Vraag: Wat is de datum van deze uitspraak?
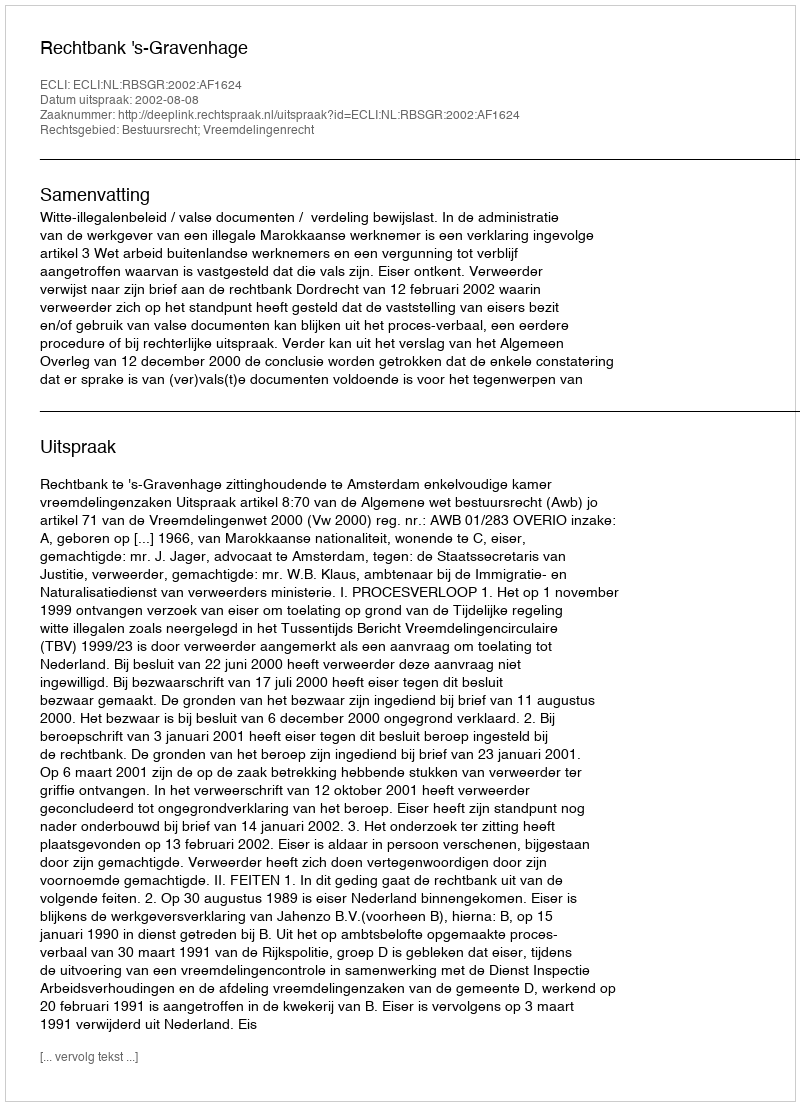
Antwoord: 2002-08-08